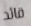
قائد